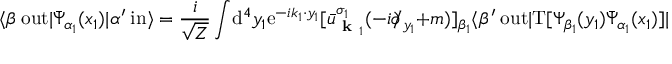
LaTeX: \langle \beta \ \mathrm { o u t } | { \bar { \Psi } } _ { \alpha _ { 1 } } ( x _ { 1 } ) | \alpha ^ { \prime } \ \mathrm { i n } \rangle = { \frac { i } { \sqrt { Z } } } \int \! \mathrm { d } ^ { 4 } y _ { 1 } \mathrm { e } ^ { - i k _ { 1 } \cdot y _ { 1 } } [ { \bar { u } } _ { { \textbf { k } } _ { 1 } } ^ { \sigma _ { 1 } } ( - i \partial \! \! \! / _ { y _ { 1 } } + m ) ] _ { \beta _ { 1 } } \langle \beta ^ { \prime } \ \mathrm { o u t } | \mathrm { T } [ \Psi _ { \beta _ { 1 } } ( y _ { 1 } ) { \bar { \Psi } } _ { \alpha _ { 1 } } ( x _ { 1 } ) ] | \alpha ^ { \prime } \ \mathrm { i n } \rangle .